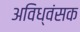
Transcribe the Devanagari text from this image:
अविध्वंसक